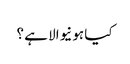
کیا ہونیوالا ہے ؟